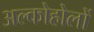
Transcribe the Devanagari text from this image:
अल्कोहोलों